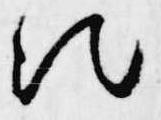
次